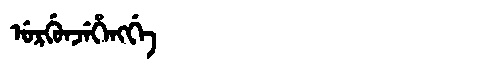
Manchu: ᡠᡵᡤᡠᠨᠵᡝᡥᡝᠩᡤᡝ
Romanization: URGUNJEHENGGE